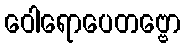
ဝေါရောပေတဗ္ဗော